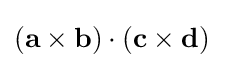
(\mathbf {a\times b} )\cdot (\mathbf {c} \times \mathbf {d} )\